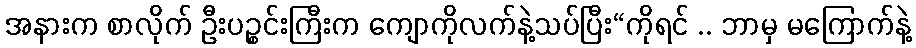
အနားက စာလိုက် ဦးပဉ္စင်းကြီးက ကျောကိုလက်နဲ့သပ်ပြီး“ကိုရင် .. ဘာမှ မကြောက်နဲ့